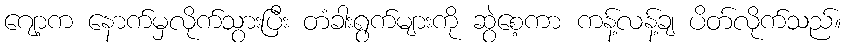
ဂျော့က နောက်မှလိုက်သွားပြီး တံခါးရွက်များကို ဆွဲစေ့ကာ ကန့်လန့်ချ ပိတ်လိုက်သည်။